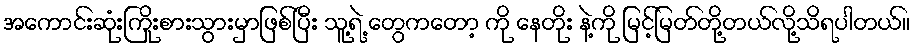
အကောင်းဆုံးကြိုးစားသွားမှာဖြစ်ပြီး သူ့ရဲ့ တွေကတော့ ကို နေတိုး နဲ့ကို မြင့်မြတ်တို့တယ်လို့သိရပါတယ်။